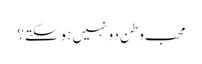
محب وطن دو نہیں ہوسکتے؟